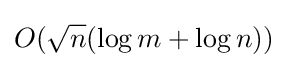
O({\sqrt {n}}(\log m+\log n))